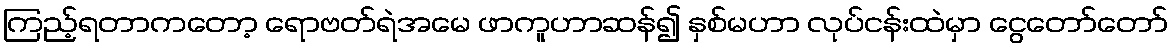
ကြည့်ရတာကတော့ ရောဗတ်ရဲအမေ ဖာကူဟာဆန်၍ နှစ်မဟာ လုပ်ငန်းထဲမှာ ငွေတော်တော်